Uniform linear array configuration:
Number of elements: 24
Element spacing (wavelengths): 0.25
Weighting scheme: binomial
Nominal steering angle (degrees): -30
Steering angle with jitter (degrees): -31.15
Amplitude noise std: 0.05
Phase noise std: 0.05

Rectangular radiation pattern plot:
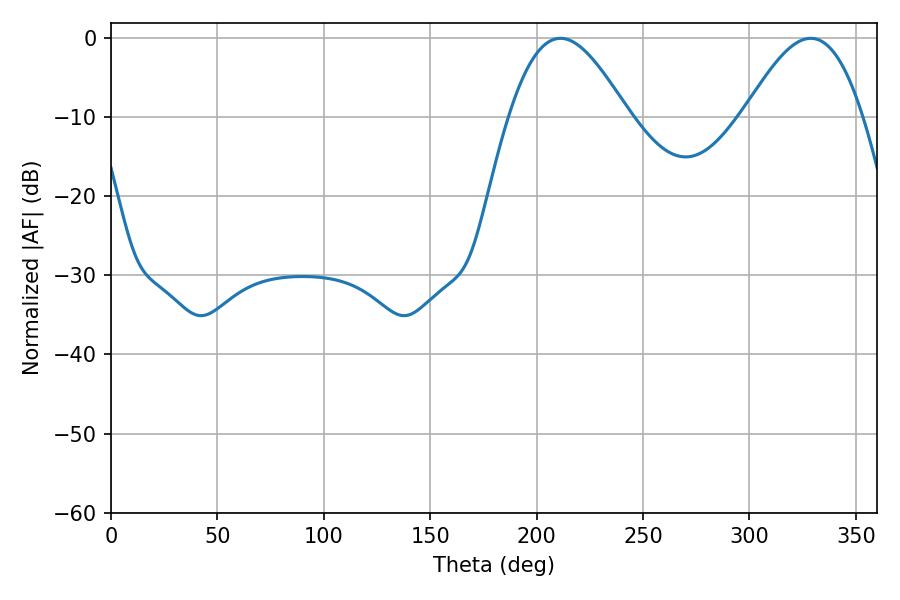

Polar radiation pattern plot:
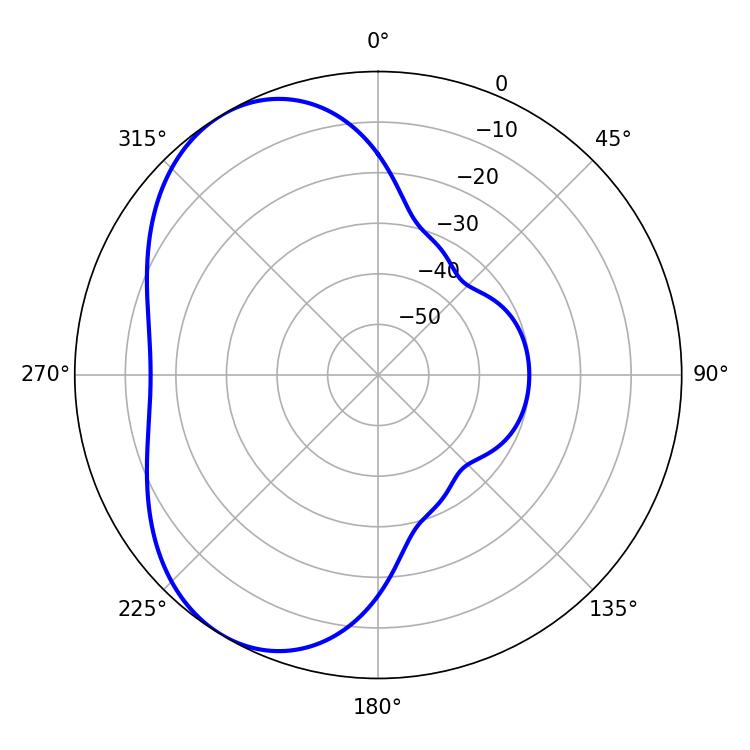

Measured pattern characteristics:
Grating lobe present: FALSE
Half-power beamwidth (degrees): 29.88
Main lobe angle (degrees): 211.14